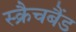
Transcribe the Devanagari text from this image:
स्क्रैचबैंड